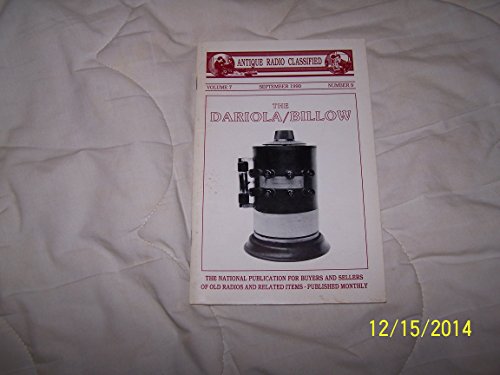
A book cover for Antique Radio Classified: (Volume 7 Number 9, September 1990); Crafts, Hobbies & Home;